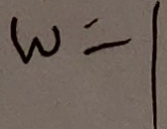
w = 1